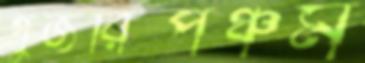
গুজরিপঞ্চম